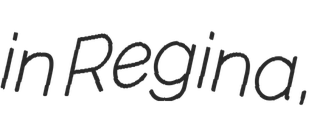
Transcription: in Regina,